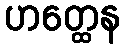
ဟတ္ထေန